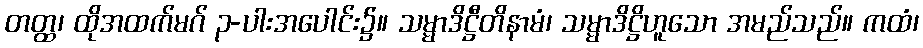
တတ္ထ၊ ထိုအထက်မဂ် ၃-ပါးအပေါင်း၌။ သမ္မာဒိဋ္ဌီတိနာမံ၊ သမ္မာဒိဋ္ဌိဟူသော အမည်သည်။ ကထံ၊